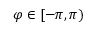
\varphi \in [ - \pi , \pi )